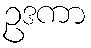
ဥဒကာ